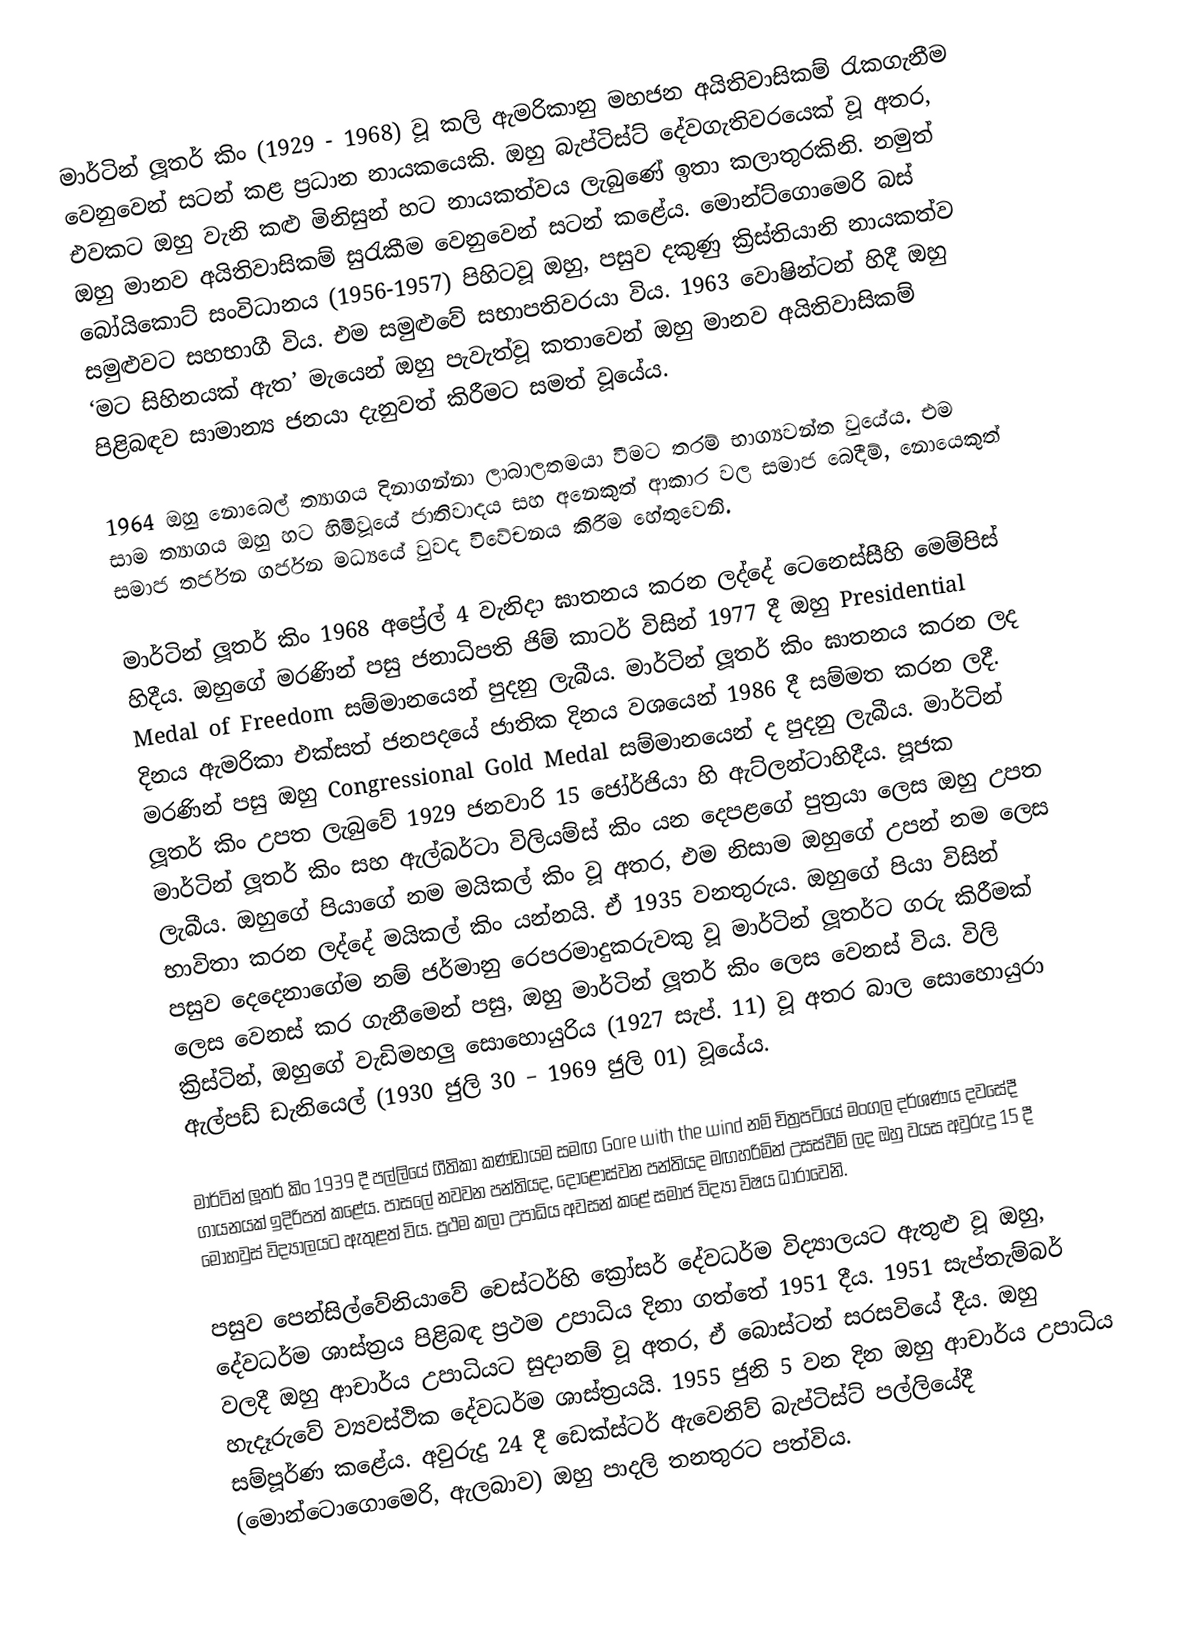
මාර්ටින් ලූතර් කිං (1929 - 1968) වූ කලි ඇමරිකානු මහජන අයිතිවාසිකම් රැකගැනීම වෙනුවෙන් සටන් කළ ප්‍රධාන නායකයෙකි.  ඔහු බැප්ටිස්ට් දේවගැතිවරයෙක් වූ අතර, එවකට ඔහු වැනි කළු මිනිසුන් හට නායකත්වය ලැබුණේ ඉතා කලාතුරකිනි. නමුත් ඔහු මානව අයිතිවාසිකම් සුරැකීම වෙනුවෙන් සටන් කළේය. මොන්ට්ගොමෙරි බස් බෝයිකොට් සංවිධානය (1956-1957) පිහිටවූ ඔහු, පසුව දකුණු ක්‍රිස්තියානි නායකත්ව සමුළුවට සහභාගී විය. එම සමුළුවේ සභාපතිවරයා  විය. 1963 වොෂින්ටන් හිදී ඔහු ‘මට සිහිනයක් ඇත’ මැයෙන් ඔහු පැවැත්වූ කතාවෙන් ඔහු මානව අයිතිවාසිකම් පිළිබඳව සාමාන්‍ය ජනයා දැනුවත් කිරීමට සමත් වූයේය.

1964 ඔහු නොබෙල් ත්‍යාගය දිනාගන්නා ලාබාලතමයා වීමට තරම් භාග්‍යවන්ත වුයේය. එම සාම ත්‍යාගය ඔහු හට හිමිවූයේ ජාතිවාදය සහ අනෙකුත් ආකාර වල සමාජ බෙදීම්, නොයෙකුත් සමාජ තර්ජන ගර්ජන මධ්‍යයේ වුවද විවේචනය කිරීම හේතුවෙනි.

මාර්ටින් ලූතර් කිං 1968 අප්‍රේල් 4 වැනිදා ඝාතනය කරන ලද්දේ ටෙනෙස්සීහි මෙම්පිස් හිදීය. ඔහුගේ මරණින් පසු ජනාධිපති ජිම් කාටර් විසින් 1977 දී ඔහු Presidential Medal of Freedom සම්මානයෙන් පුදනු ලැබීය. මාර්ටින් ලූතර් කිං ඝාතනය කරන ලද දිනය ඇමරිකා එක්සත් ජනපදයේ ජාතික දිනය වශයෙන් 1986 දී සම්මත කරන ලදී. මරණින් පසු ඔහු Congressional Gold Medal සම්මානයෙන් ද පුදනු ලැබීය. මාර්ටින් ලූතර් කිං උපත ලැබුවේ 1929 ජනවාරි 15 ජෝර්ජියා හි ඇට්ලන්ටාහිදීය. පූජක මාර්ටින් ලූතර් කිං සහ ඇල්බර්ටා විලියම්ස්  කිං යන දෙපළගේ පුත්‍රයා ලෙස ඔහු උපත ලැබීය. ඔහුගේ පියාගේ නම මයිකල් කිං වූ අතර, එම නිසාම ඔහුගේ උපන් නම ලෙස භාවිතා කරන ලද්දේ මයිකල් කිං යන්නයි. ඒ 1935 වනතුරුය. ඔහුගේ පියා විසින් පසුව දෙදෙනාගේම නම් ජර්මානු රෙපරමාදුකරුවකු වූ මාර්ටින් ලූතර්ට ගරු කිරීමක් ලෙස වෙනස් කර ගැනීමෙන් පසු, ඔහු මාර්ටින් ලූතර් කිං ලෙස වෙනස් විය. විලි ක්‍රිස්ටින්, ඔහුගේ වැඩිමහලු සොහොයුරිය (1927 සැප්. 11) වූ අතර බාල සොහොයුරා ඇල්පඩ් ඩැනියෙල් (1930 ජුලි 30 – 1969 ජුලි 01) වූයේය.

මාර්ටින් ලූතර් කිං 1939 දී පල්ලියේ ගීතිකා කණ්ඩායම සමඟ Gore with the wind නම් චිත්‍රපටියේ මංගල දර්ශණය දවසේදී ගායනයක් ඉදිරිපත් කළේය. පාසලේ නවවන පන්ති‍යද, දොළොස්වන පන්තියද මඟහරිමින් උසස්වීම් ලද ඔහු වයස අවුරුදු 15 දී මෝහවුස් විද්‍යාලයට ඇතුළත් විය. ප්‍රථම කලා උපාධිය අවසන් කළේ සමාජ විද්‍යා විෂය ධාරාවෙනි.

පසුව පෙන්සිල්වේනියාවේ චෙස්ටර්හි ක්‍රෝසර් දේවධර්ම විද්‍යාලයට ඇතුළු වූ ඔහු, දේවධර්ම ශාස්ත්‍රය පිළිබඳ ප්‍රථම උපාධිය දිනා ගත්තේ 1951 දීය. 1951 සැප්තැම්බර් වලදී ඔහු ආචාර්ය උපාධියට සුදානම් වූ අතර, ඒ බොස්ටන් සරසවියේ දීය. ඔහු හැදෑරුවේ ව්‍යවස්ථික දේවධර්ම ශාස්ත්‍රයයි. 1955 ජුනි 5 වන දින ඔහු ආචාර්ය උපාධිය සම්පූර්ණ කළේය. අවුරුදු 24 දී ඩෙක්ස්ටර් ඇවෙනිව් බැප්ටිස්ට් පල්ලියේදී (මොන්ටොගොමෙරි, ඇලබාව) ඔහු පාදලි තනතුරට පත්විය.